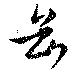
岳